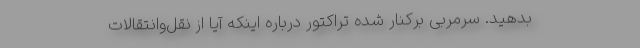
بدهید. سرمربی برکنار شده تراکتور درباره اینکه آیا از نقل‌وانتقالات